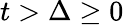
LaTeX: t>\Delta\ge 0